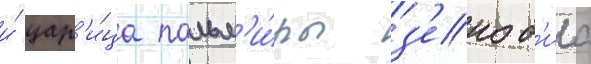
и́ цар'и́ца пальм'и́ры з'еноб'иа